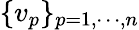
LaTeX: \{ v_{p}\} _{p=1,\cdots,n}